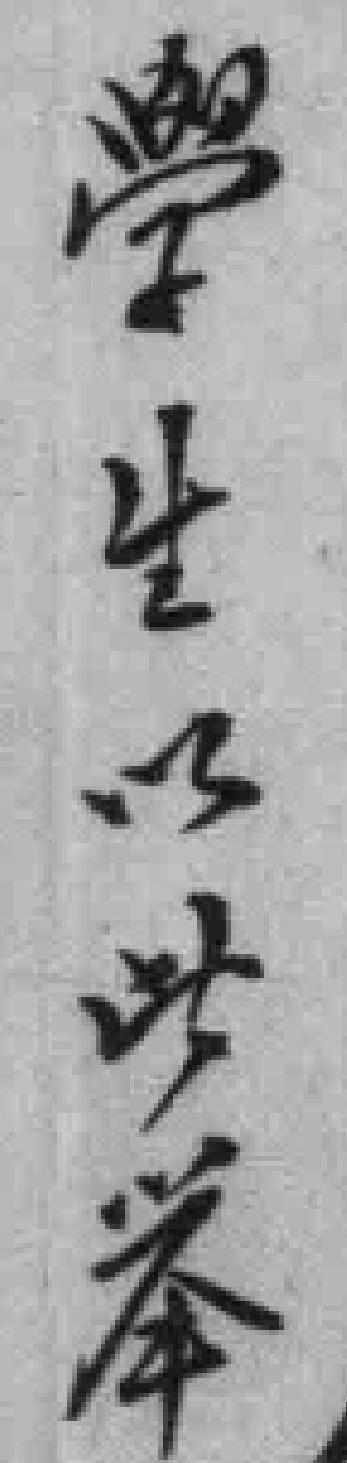
學生以此举